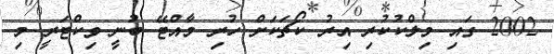
2002 ގައި މިލްކުކުރި އިރު ކޯޗަކަށް ހުރި މާއްޓޭ ބުނީ ވިކްޓަރީ މި